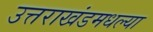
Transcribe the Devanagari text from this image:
उत्तराखंडमधल्या